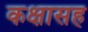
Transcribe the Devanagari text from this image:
कक्षासह